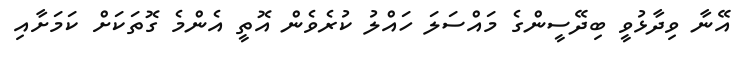
އޭނާ ވިދާޅުވީ ބިދޭސީންގެ މައްސަލަ ހައްލު ކުރެވެން އޮތީ އެންމެ ގޮތަކަށް ކަަމަށާއި